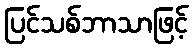
ပြင်သစ်ဘာသာဖြင့်